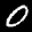
Label: 0